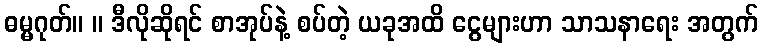
ဓမ္မဂုတ်။ ။ ဒီလိုဆိုရင် စာအုပ်နဲ့ စပ်တဲ့ ယခုအထိ ငွေများဟာ သာသနာရေး အတွက်